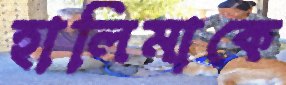
হালিমাকে